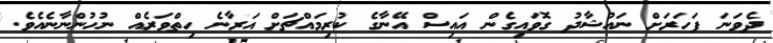
ދެވަނަ ފަހަރަށް ނައުޝާދު ގޮވައިގެން އައިސް އޭނާގެ ކުރިމައްޗަށް އަރާނެ ހިތްވަރެއް ނުހުންނާނެއެވެ.